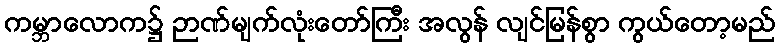
ကမ္ဘာလောက၌ ဉာဏ်မျက်လုံးတော်ကြီး အလွန် လျင်မြန်စွာ ကွယ်တော့မည်